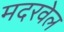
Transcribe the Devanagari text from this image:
मदरवेल